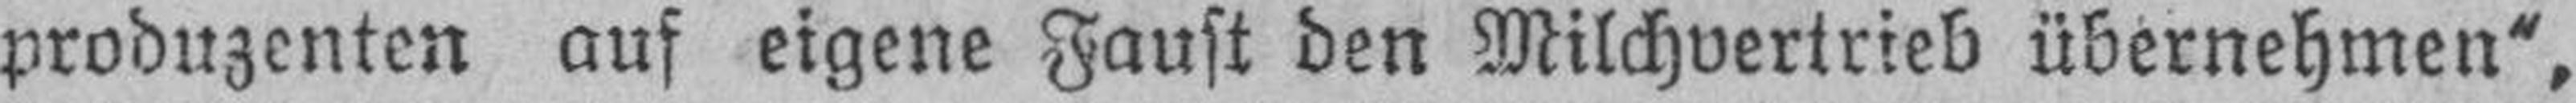
produzenten auf eigene Faust den Milchvertrieb übernehmen“,